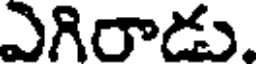
ఎగిరాడు.